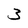
Character: 3